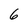
Character: 6